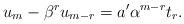
LaTeX: \begin{align*} u_m-\beta^ru_{m-r}=a'\alpha^{m-r}t_r.\end{align*}